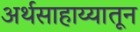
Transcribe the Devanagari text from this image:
अर्थसाहाय्यातून